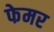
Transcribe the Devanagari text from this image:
फेमर